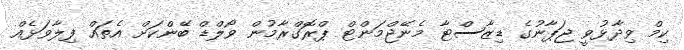
ކިމް ވިދާޅުވީ ޖަޕާނުގެ ޑިޒާސްޓާ މެނޭޖްމަންޓް ޕްރޮގްރާމުން ވޯލްޑް ބޭންކަށް އެތައް ފިލާވަޅެއް